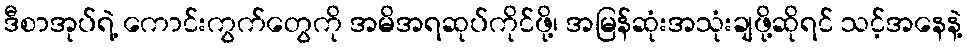
ဒီစာအုပ်ရဲ့ ကောင်းကွက်တွေကို အမိအရဆုပ်ကိုင်ဖို့၊ အမြန်ဆုံးအသုံးချဖို့ဆိုရင် သင့်အနေနဲ့